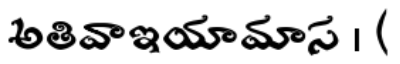
అతివాఇయామాస । (